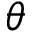
\theta